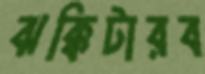
ঝক্কিটারব